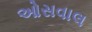
ઓસવાલ